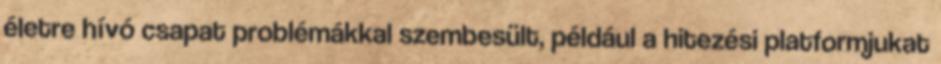
életre hívó csapat problémákkal szembesült, például a hitezési platformjukat